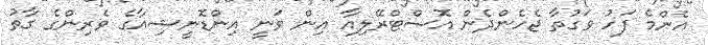
އެންމެ ފަހު ވަގުތާ ޖެހެންދެން އޮސްޓްރޭލިއާ އިން ވަނީ އިންޑޮނީޝިއާގެ ވެރިންގެ ގާތު